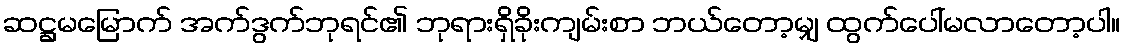
ဆဋ္ဌမမြောက် အက်ဒွက်ဘုရင်၏ ဘုရားရှိခိုးကျမ်းစာ ဘယ်တော့မျှ ထွက်ပေါ်မလာတော့ပါ။